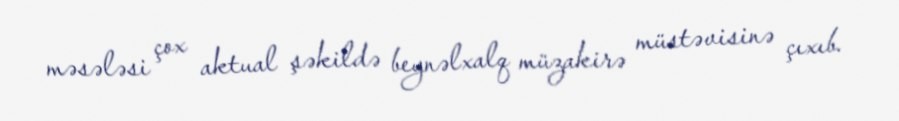
məsələsi çox aktual şəkildə beynəlxalq müzakirə müstəvisinə çıxıb.